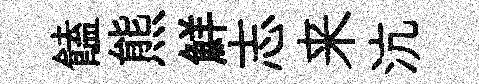
饁熊鮮志来沆